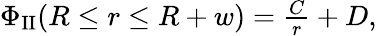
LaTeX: \begin{array}{r}{\Phi_{\textrm{II}}(R\leq r\leq R+w)=\frac{C}{r}+D,}\end{array}